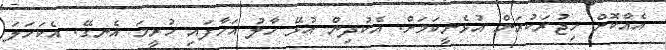
އެއްކޮށް ހިޖުރަކުރަން އުޅެނީކަމަށް. އެކުދިން އުޅޭ ހާލު އަހާފައި ހުރީމަ އެނގޭ. އެކަހަލަ